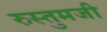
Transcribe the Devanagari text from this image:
रुस्तुमजी